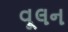
વૂલન